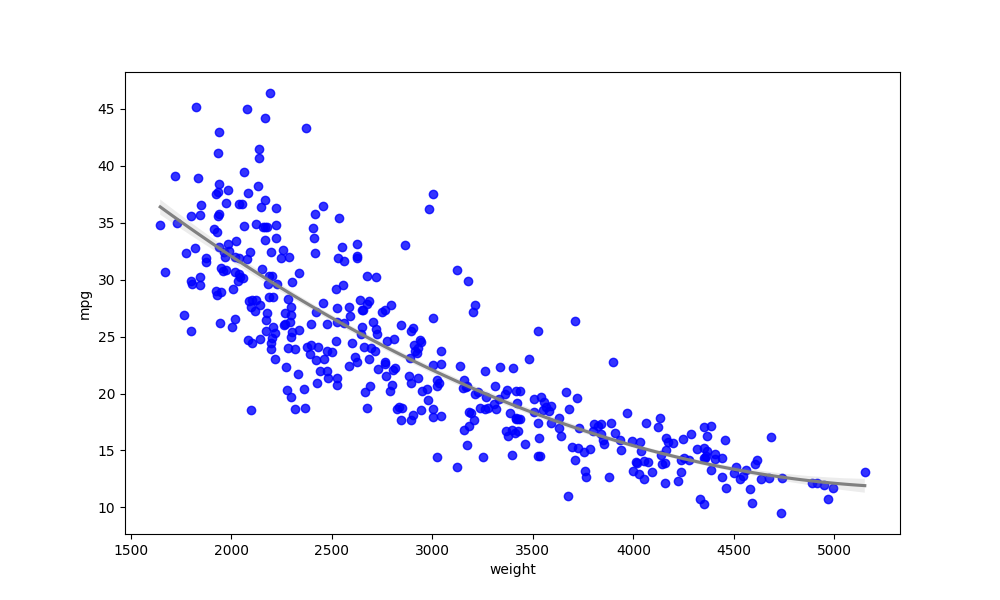
python, seaborn, regplot, order=2, ci=68, scatter_color=blue, line_color=gray